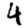
Digit: 4